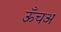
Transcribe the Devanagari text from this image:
ऊँचअ